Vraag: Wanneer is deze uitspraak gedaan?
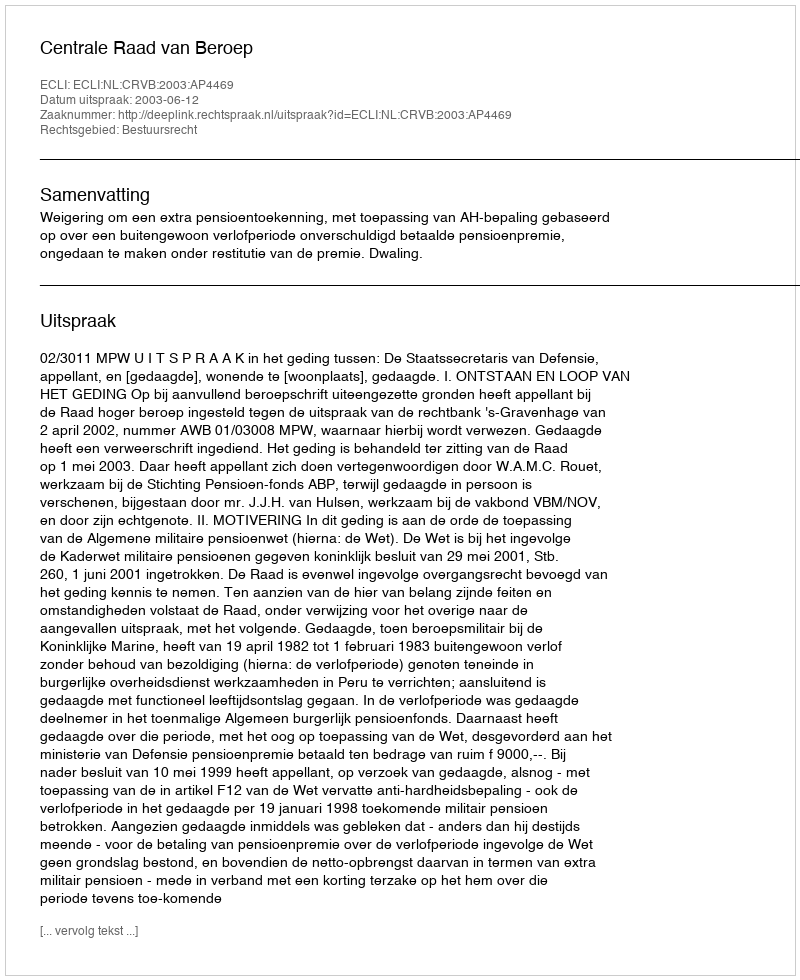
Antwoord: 2003-06-12